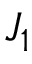
J _ { 1 }